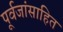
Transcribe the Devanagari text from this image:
पूर्वजांसाहित